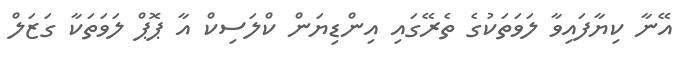
އޭނާ ކިޔާފައިވާ ލަވަތަކުގެ ތެރޭގައި އިންޑިޔަން ކްލަސިކް އާ ޕޮޕް ލަވަތަކާ ގަޒަލް